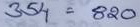
354 = 820